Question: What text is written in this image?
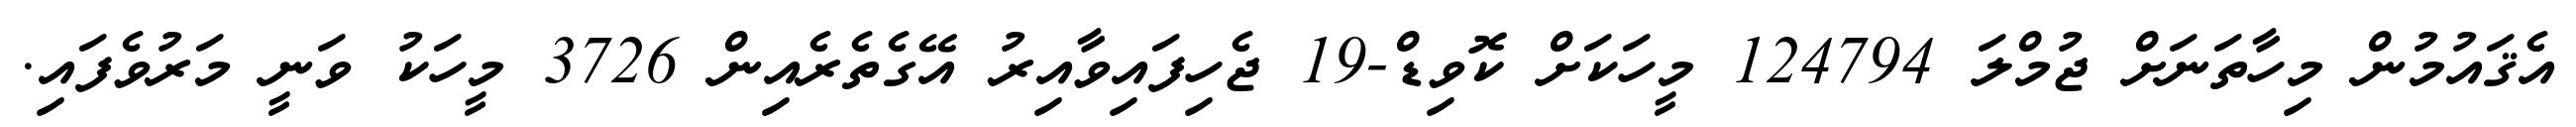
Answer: އެޤައުމުން މިހާތަނަށް ޖުމްލަ 124794 މީހަކަށް ކޮވިޑް-19 ޖެހިފައިވާއިރު އޭގެތެރެއިން 3726 މީހަކު ވަނީ މަރުވެފައި.